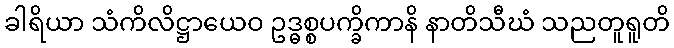
ခါရိယာ သံကိလိဋ္ဌာယေဝ ဥဒ္ဓစ္စပက္ခိကာနိ နာတိသီဃံ သညတူရူတိ